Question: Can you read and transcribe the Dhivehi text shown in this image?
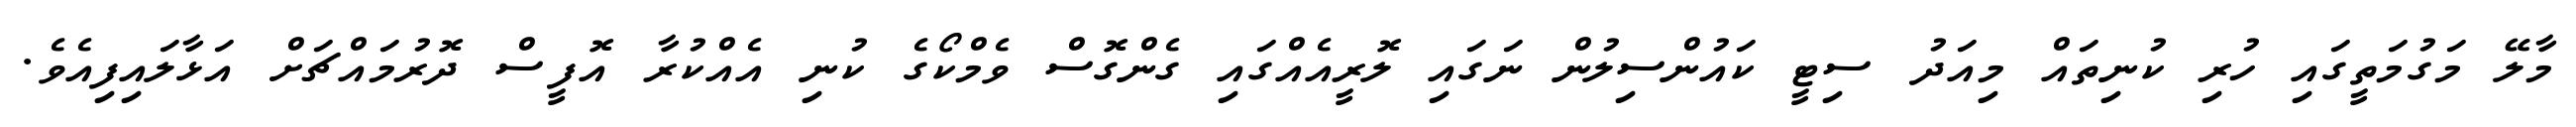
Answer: މާލޭ މަގުމަތީގައި ހުރި ކުނިތައް މިއަދު ސިޓީ ކައުންސިލުން ނަގައި ލޮރީއެއްގައި ގެންގޮސް ވެމްކޯގެ ކުނި އެއްކުރާ އޮފީސް ދޮރުމައްޗަށް އަޅާލައިފިއެވެ.